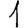
Digit: 1